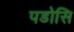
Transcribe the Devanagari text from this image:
पडोसि